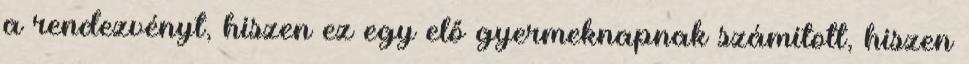
a rendezvényt, hiszen ez egy elő gyermeknapnak számított, hiszen